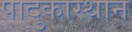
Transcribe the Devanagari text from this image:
पादुकास्थान